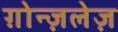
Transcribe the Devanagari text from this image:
ग़ोन्ज़लेज़